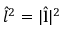
\hat { l } ^ { 2 } = | \hat { \mathbf { l } } | ^ { 2 }